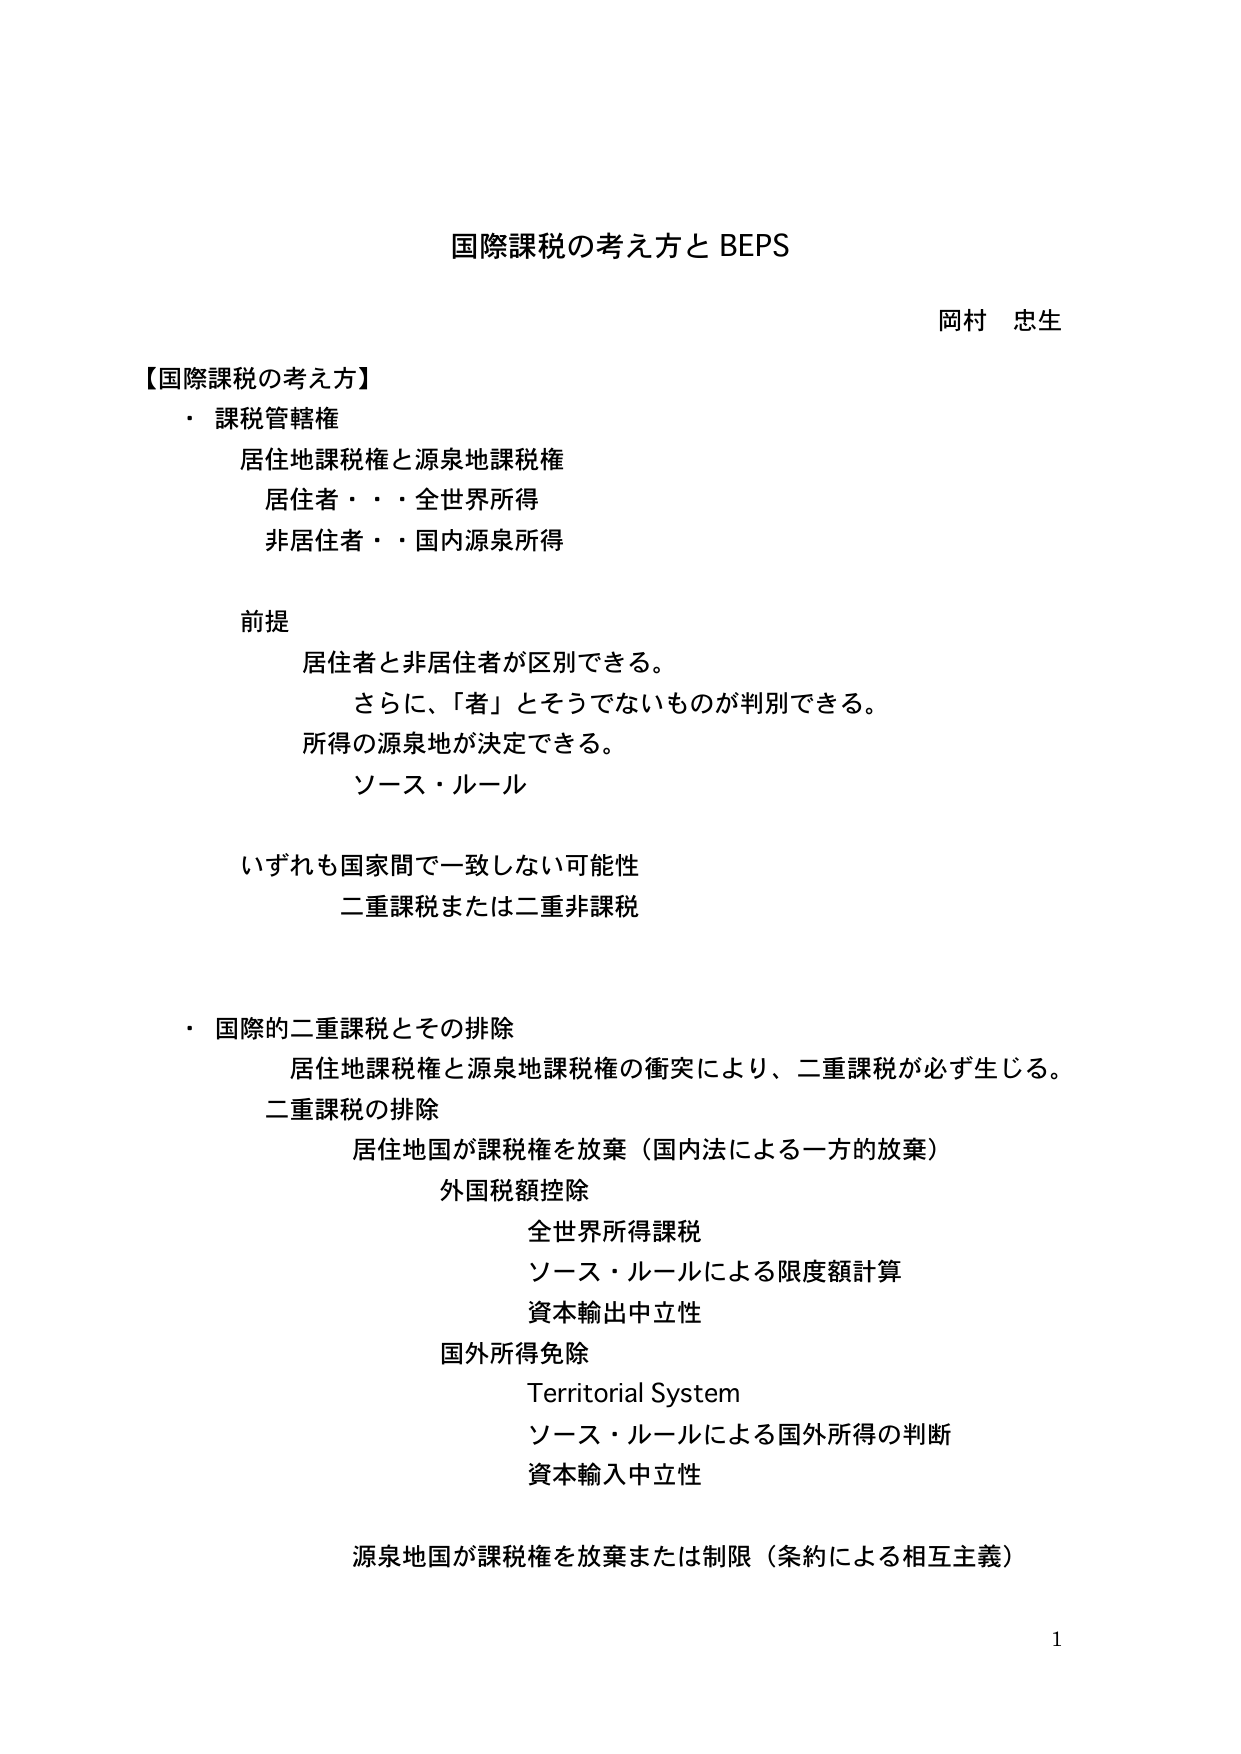
国際課税の考え方と BEPS

岡村 忠生

【国際課税の考え方】
・ 課税管轄権
　居住地課税権と源泉地課税権
　居住者・・・全世界所得
　非居住者・・国内源泉所得

前提
　居住者と非居住者が区別できる。
　　さらに、「者」とそうでないものが判別できる。
　所得の源泉地が決定できる。
　　ソース・ルール

　いずれも国家間で一致しない可能性
　　二重課税または二重非課税

・ 国際的二重課税とその排除
　居住地課税権と源泉地課税権の衝突により、二重課税が必ず生じる。
　二重課税の排除
　　居住地国が課税権を放棄（国内法による一方的放棄）
　　　外国税額控除
　　　　全世界所得課税
　　　　ソース・ルールによる限度額計算
　　　　資本輸出中立性
　　　国外所得免除
　　　　Territorial System
　　　　ソース・ルールによる国外所得の判断
　　　　資本輸入中立性

　源泉地国が課税権を放棄または制限（条約による相互主義）

1